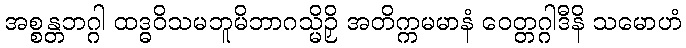
အစ္စန္တဘဂ္ဂါ ထဒ္ဓဝိသမဘူမိဘာဂသ္မိဉှိ အတိက္ကမမာနံ ဝေတ္တဂ္ဂါဒီနိ သမောဟံ